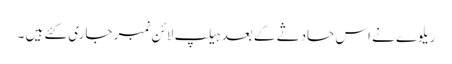
ریلوے نے اس حادثے کے بعد ہیلپ لائن نمبر جاری کئے ہیں ۔